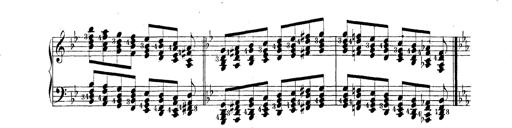
Title: Technische Studien
Composer: Franz Liszt